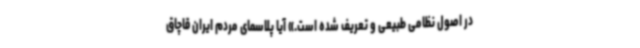
در اصول نظامی طبیعی و تعریف شده است.» آیا پلاسمای مردم ایران قاچاق